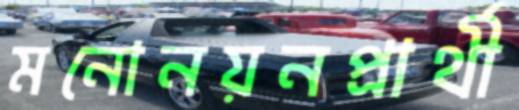
মনোনয়নপ্রার্থী